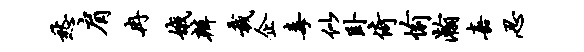
愁肩冉娥辨裁企毒似卧倚愉瀚嘉忍